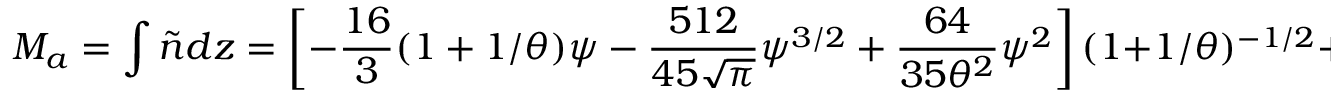
M _ { a } = \int \tilde { n } d z = \left[ - { \frac { 1 6 } { 3 } } ( 1 + 1 / \theta ) { \psi } - { \frac { 5 1 2 } { 4 5 \sqrt { \pi } } } { \psi } ^ { 3 / 2 } + { \frac { 6 4 } { 3 5 \theta ^ { 2 } } } { \psi } ^ { 2 } \right] ( 1 + 1 / \theta ) ^ { - 1 / 2 } + O ( { \psi } ^ { 5 / 2 } ) ,